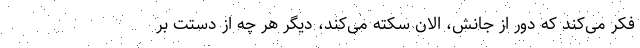
فکر می‌کند که دور از جانش، الان سکته می‌کند، دیگر هر چه از دستت بر